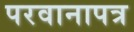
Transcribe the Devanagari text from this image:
परवानापत्र